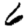
Digit: 6